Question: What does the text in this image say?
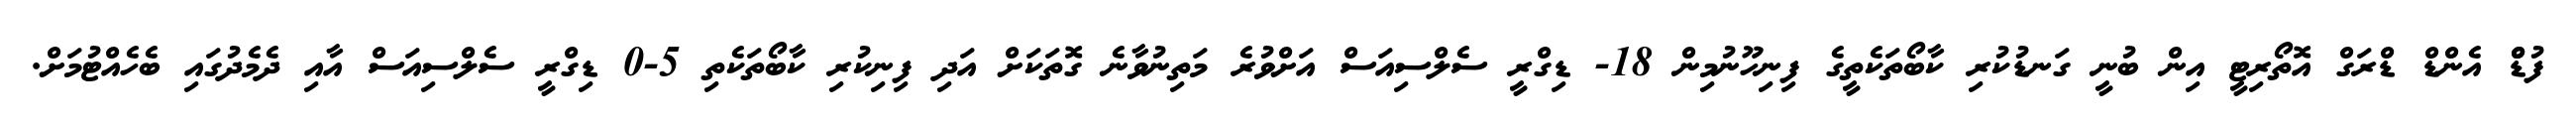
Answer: ފުޑްް އެންޑް ޑްރަގް އޮތޯރިޓީ އިން ބުނީ ގަނޑުކުރި ކާބޯތަކެތީގެ ފިނިހޫނުމިން 18- ޑިގްރީ ސެލްސިއަސް އަށްވުރެ މަތިނުވާނެ ގޮތަކަށް އަދި ފިނިކުރި ކާބޯތަކެތި 5-0 ޑިގްރީ ސެލްސިއަސް އާއި ދެމެދުގައި ބެހެއްޓުމަށް.